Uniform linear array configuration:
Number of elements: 12
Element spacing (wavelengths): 0.5
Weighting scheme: binomial
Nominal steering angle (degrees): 15
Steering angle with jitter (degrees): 13.163
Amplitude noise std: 0.05
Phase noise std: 0.05

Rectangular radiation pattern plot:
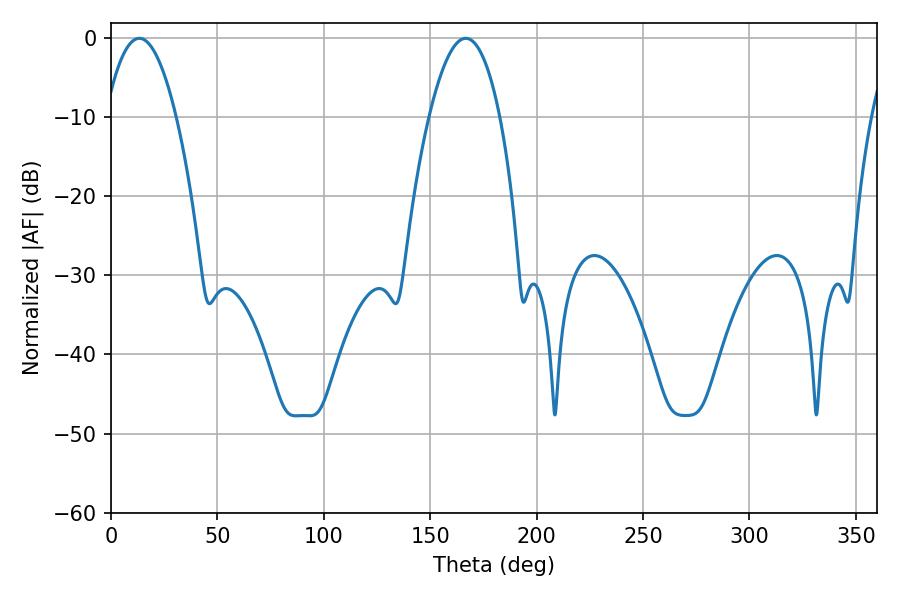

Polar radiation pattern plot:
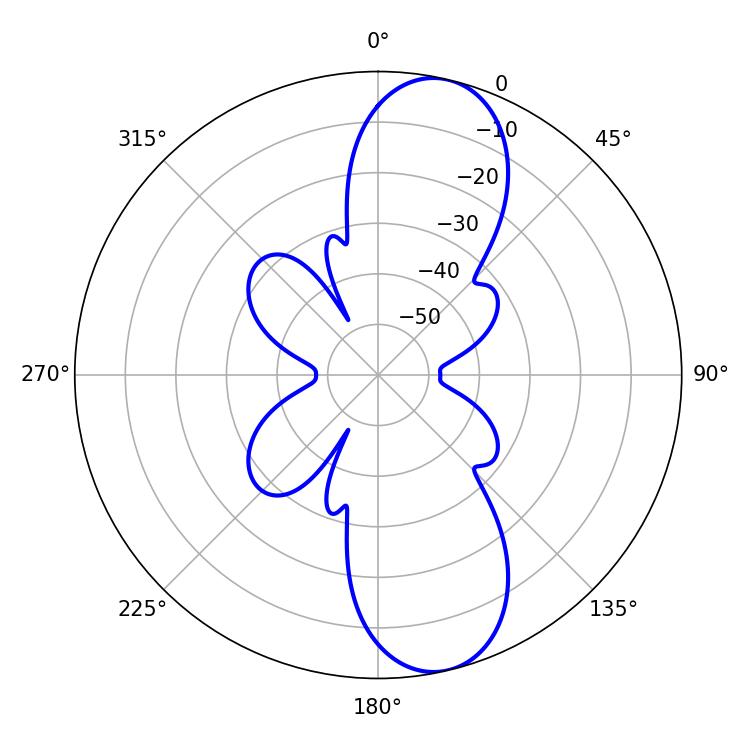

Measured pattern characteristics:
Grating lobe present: FALSE
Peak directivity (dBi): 10.967
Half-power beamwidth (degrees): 18.36
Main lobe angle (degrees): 13.32